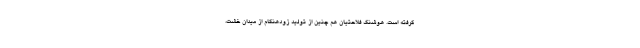
گرفته است. هوشنگ فلاحتیان هم چنین از تولید زودهنگام از میدان خشت،